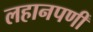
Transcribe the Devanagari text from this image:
लहानपणीं